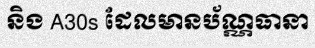
និង A30s ដែលមានប័ណ្ណធានា